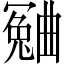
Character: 𣍍